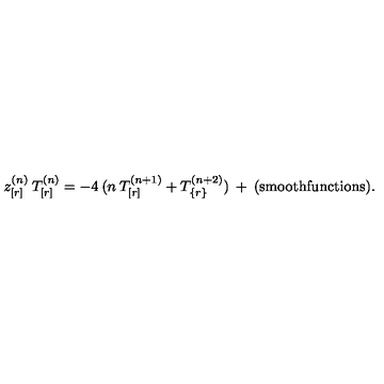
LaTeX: z _ { [ r ] } ^ { ( n ) } \: T _ { [ r ] } ^ { ( n ) } = - 4 \: ( n \: T _ { [ r ] } ^ { ( n + 1 ) } + T _ { \{ r \} } ^ { ( n + 2 ) } ) \: + \: { \mathrm { ( s m o o t h f u n c t i o n s ) } } .